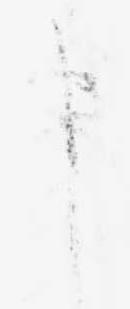
申